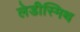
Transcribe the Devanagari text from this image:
लेडीस्मिथ